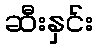
ဆီးနှင်း